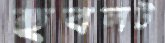
হুবলট